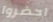
احضروا